Civil Veterinary Department. United Provinces 1912-22 - 1912-1922
Year: 1912
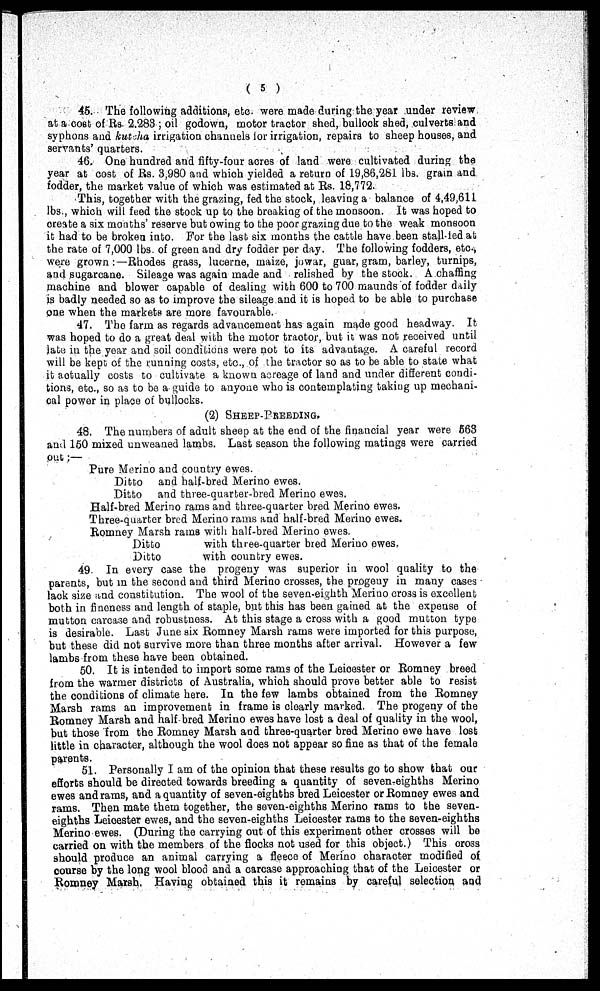
(5)
45. The following additions, etc were made during the year under review
at a cost of Rs. 2.283; oil godown, motor tractor shed, bullock shed, culverts and
syphons and kutsha irrigation channels for irrigation, repairs to sheep houses, and
servants' quarters.
46. One hundred and fifty-four acres of land were cultivated during the
year at cost of Rs. 3,980 and which yielded a return of 19,86,281 lbs. grain and
fodder, the market value of which was estimated at Rs. 18,772.
This, together with the grazing, fed the stock, leaving a balance of 4,49,611
lbs., which will feed the stock up to the breaking of the monsoon. It was hoped to
create a six months' reserve but owing to the poor grazing due to the weak monsoon
it had to be broken into. For the last six months the cattle have been stall-fed at
the rate of 7,000 lbs. of green and dry fodder per day. The following fodders, etc,
were grown:—Rhodes grass, lucerne, maize, jowar, guar, gram, barley, turnips,
and sugarcane. Sileage was again made and relished by the stock. A chaffing
machine and blower capable of dealing with 600 to 700 maunds of fodder daily
is badly needed so as to improve the sileage and it is hoped to be able to purchase
one when the markets are more favourable.
47. The farm as regards advancement has again made good headway. It
was hoped to do a great deal with the motor tractor, but it was not received until
late in the year and soil conditions were not to its advantage. A careful record
will be kept of the running costs, etc., of the tractor so as to be able to state what
it actually costs to cultivate a known acreage of land and under different condi-
tions, etc., so as to be a guide to anyone who is contemplating taking up mechani-
cal power in place of bullocks.
(2) SHEEP-PREEDING.
48. The numbers of adult sheep at the end of the financial year were 663
and 150 mixed unweaned lambs. Last season the following matings were carried
out;—
Pure Merino and country ewes.
Ditto and half-bred Merino ewes.
Ditto and three-quarter-bred Merino ewes.
Half-bred Merino rams and three-quarter bred Merino ewes.
Three-quarter bred Merino rams and half-bred Merino ewes.
Romney Marsh rams with half-bred Merino ewes.
Ditto
with three-quarter bred Merino ewes.
Ditto
with country ewes.
49. In every case the progeny was superior in wool quality to the
parents, but in the second and third Merino crosses, the progeny in many cases
lack size and constitution. The wool of the seven-eighth Merino cross is excellent
both in fineness and length of staple, but this has been gained at the expense of
mutton carcase and robustness. At this stage a cross with a good mutton type
is desirable. Last June six Romney Marsh rams were imported for this purpose,
but these did not survive more than three months after arrival. However a few
lambs from these have been obtained.
50. It is intended to import some rams of the Leicester or Romney breed
from the warmer districts of Australia, which should prove better able to resist
the conditions of climate here. In the few lambs obtained from the Romney
Marsh rams an improvement in frame is clearly marked. The progeny of the
Romney Marsh and half bred Merino ewes have lost a deal of quality in the wool,
but those from the Romney Marsh and three-quarter bred Merino ewe have lost
little in character, although the wool does not appear so fine as that of the female
parents.
51. Personally I am of the opinion that these results go to show that our
efforts should be directed towards breeding a quantity of seven-eighths Merino
ewes and rams, and a quantity of seven-eighths bred Leicester or Romney ewes and
rams. Then mate them together, the seven-eighths Merino rams to the seven-
eighths Leicester ewes, and the seven-eighths Leicester rams to the seven-eighths
Merino ewes. (During the carrying out of this experiment other crosses will be
carried on with the members of the flocks not used for this object.) This cross
should produce an animal carrying a fleece of Merino character modified of
course by the long wool blood and a carcase approaching that of the Leicester or
Romney Marsh. Having obtained this it remains by careful selection and